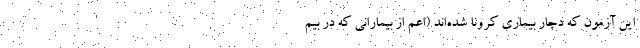
این آزمون که دچار بیماری کرونا شده‌اند (اعم از بیمارانی که در بیم